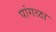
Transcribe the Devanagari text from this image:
पांगळा